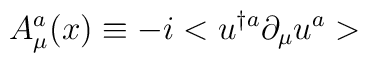
A_{\mu}^{a}(x)\equiv-i<u^{\dagger a}\partial_{\mu}u^{a}>